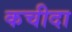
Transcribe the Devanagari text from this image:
कचीदा